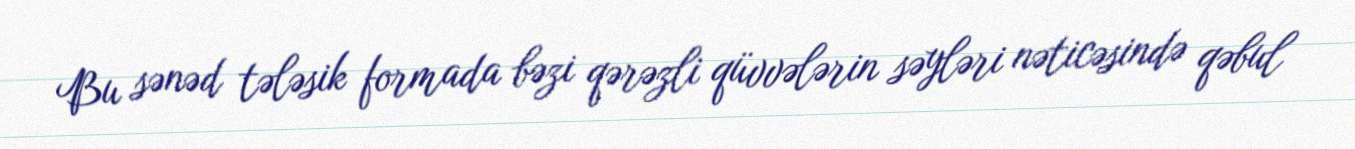
Bu sənəd tələsik formada bəzi qərəzli qüvvələrin səyləri nəticəsində qəbul